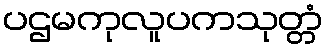
ပဌမကုလူပကသုတ္တံ